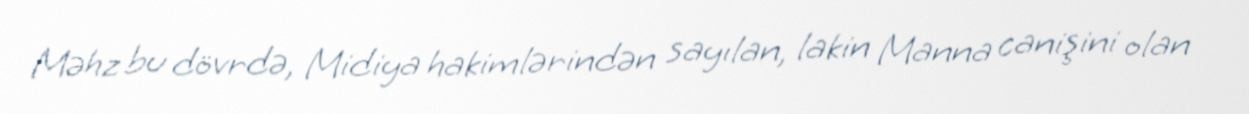
Məhz bu dövrdə, Midiya hakimlərindən sayılan, lakin Manna canişini olan